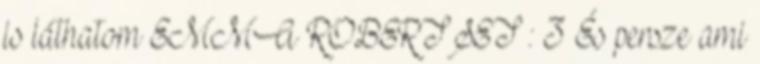
is láthatom EMMA ROBERTSET : 3 És persze ami